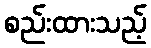
စည်းထားသည့်